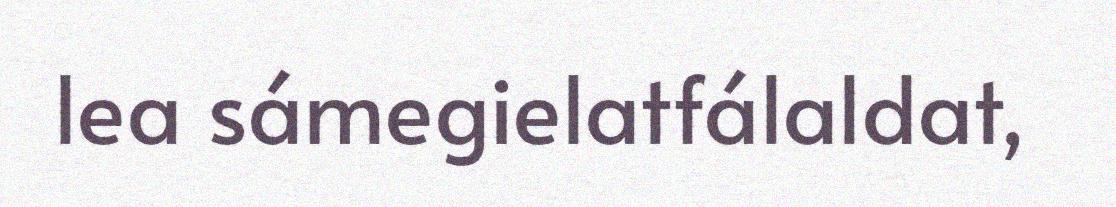
lea sámegielatfálaldat,